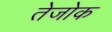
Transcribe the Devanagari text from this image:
तेजोक